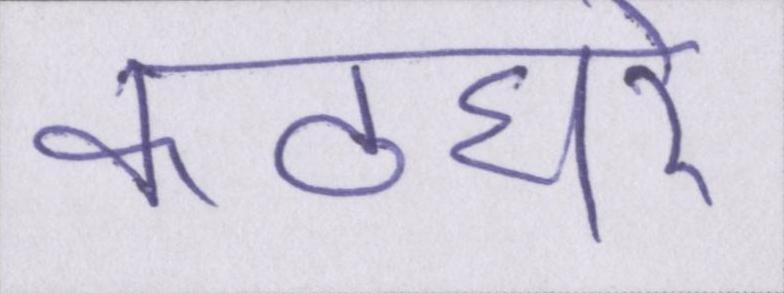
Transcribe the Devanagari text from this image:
कठघरे